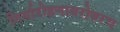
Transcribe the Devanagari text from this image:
गिर्यारोहणाबरोबरच